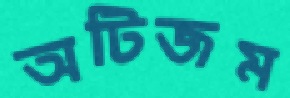
অটিজম